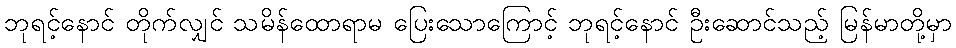
ဘုရင့်နောင် တိုက်လျှင် သမိန်ထောရာမ ပြေးသောကြောင့် ဘုရင့်နောင် ဦးဆောင်သည့် မြန်မာတို့မှာ